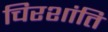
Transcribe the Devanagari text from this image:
चिरशांति